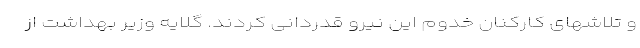
و تلاشهای کارکنان خدوم این نیرو قدردانی کردند. گلایه وزیر بهداشت از